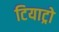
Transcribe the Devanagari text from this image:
टियाट्रो